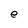
Character: e